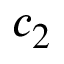
c _ { 2 }